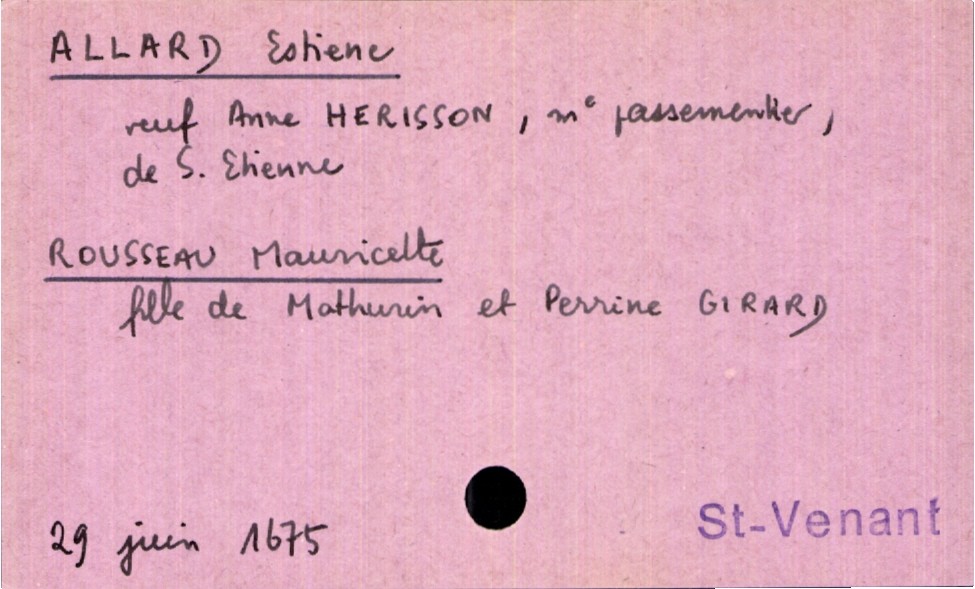
type_acte: Mariage
année: 1675
mois: juin
jour: 29
paroisse: Saint Venant
marié_nom: Allard
marié_prénom: Estienne
marié_profession: maitre passementier
marié_lieu_de_naissance: Saint Etienne
marié_statut: veuf
mariée_nom: Rousseau
mariée_prénom: Mauricette
père_mariée_nom: Rousseau
père_mariée_prénom: Mathurin
mère_mariée_nom: Girard
mère_mariée_prénom: Perrine